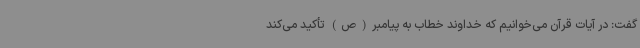
گفت: در آیات قرآن می‌خوانیم که خداوند خطاب به پیامبر(ص) تأکید می‌کند